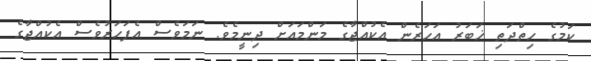
ކަމުގެ ހިތްދަތި ޚަބަރު އަހަރެން އެކުއްޖާގެ މަންމައަށް ދިނީމެވެ. ނަމަވެސް އެފަހަރުވެސް އެކުއްޖާގެ